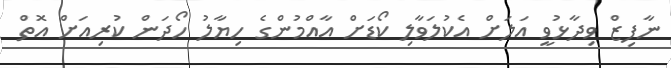
ނާފިޒް ވިދާޅުވީ އަލަށް އެކުލަވާލި ކޯޑަށް އާއްމުންގެ ހިޔާލު ހޯދަން ކުރިއަށް އޮތް